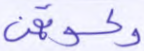
وكسوتهن